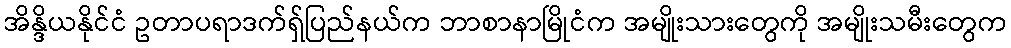
အိန္ဒိယနိုင်ငံ ဥတာပရာဒက်ရှ်ပြည်နယ်က ဘာစာနာမြိုငံက အမျိုးသားတွေကို အမျိုးသမီးတွေက